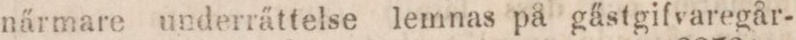
närmare underrättelse lemnas på gästgifvaregår-